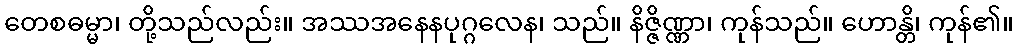
တေစဓမ္မာ၊ တို့သည်လည်း။ အဿအနေနပုဂ္ဂလေန၊ သည်။ နိဇ္ဇိဏ္ဏာ၊ ကုန်သည်။ ဟောန္တိ၊ ကုန်၏။